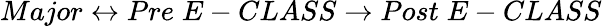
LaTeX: Major\leftrightarrow Pre\; E-CLASS\rightarrow Post\; E-CLASS